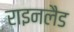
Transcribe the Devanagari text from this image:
राइनलैड